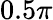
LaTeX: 0.5\pi